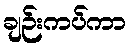
ချဉ်းကပ်ကာ